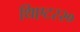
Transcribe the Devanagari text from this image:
थिएटर२०